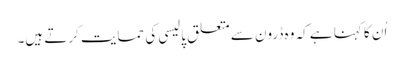
اُن کا کہنا ہے کہ وہ ڈرون سے متعلق پالیسی کی حمایت کرتے ہیں۔